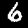
Label: 6